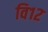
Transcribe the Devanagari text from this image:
वि१२